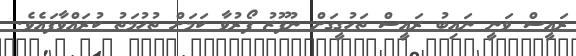
ރައީސް ވަނީ ނައިބު ރައީސް ތަހުގީގަށް ނުފޫޒު ފޯރުވާ ކަމަށް ތުހުމަތު ކުރައްވާފައެވެ.